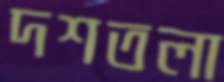
দশতলা